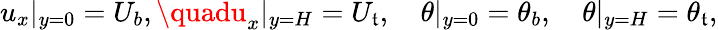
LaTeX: u_{x}|_{y=0}=U_{b},\quadu_{x}|_{y=H}=U_{\mathfrak{t}},\quad\theta|_{y=0}=\theta_{b},\quad\theta|_{y=H}=\theta_{\mathfrak{t}},